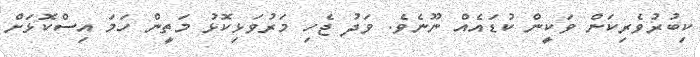
ކިބުރުވެރިކަން ވަކީން ކުޑައެއް ނޫނެވެ. ވަދު ޖެހި މަރުވަޅިކޮޅު މަތީން ހަމަ އިސްކޮޅަށް